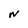
Character: N